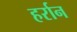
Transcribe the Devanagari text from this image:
हर्रान